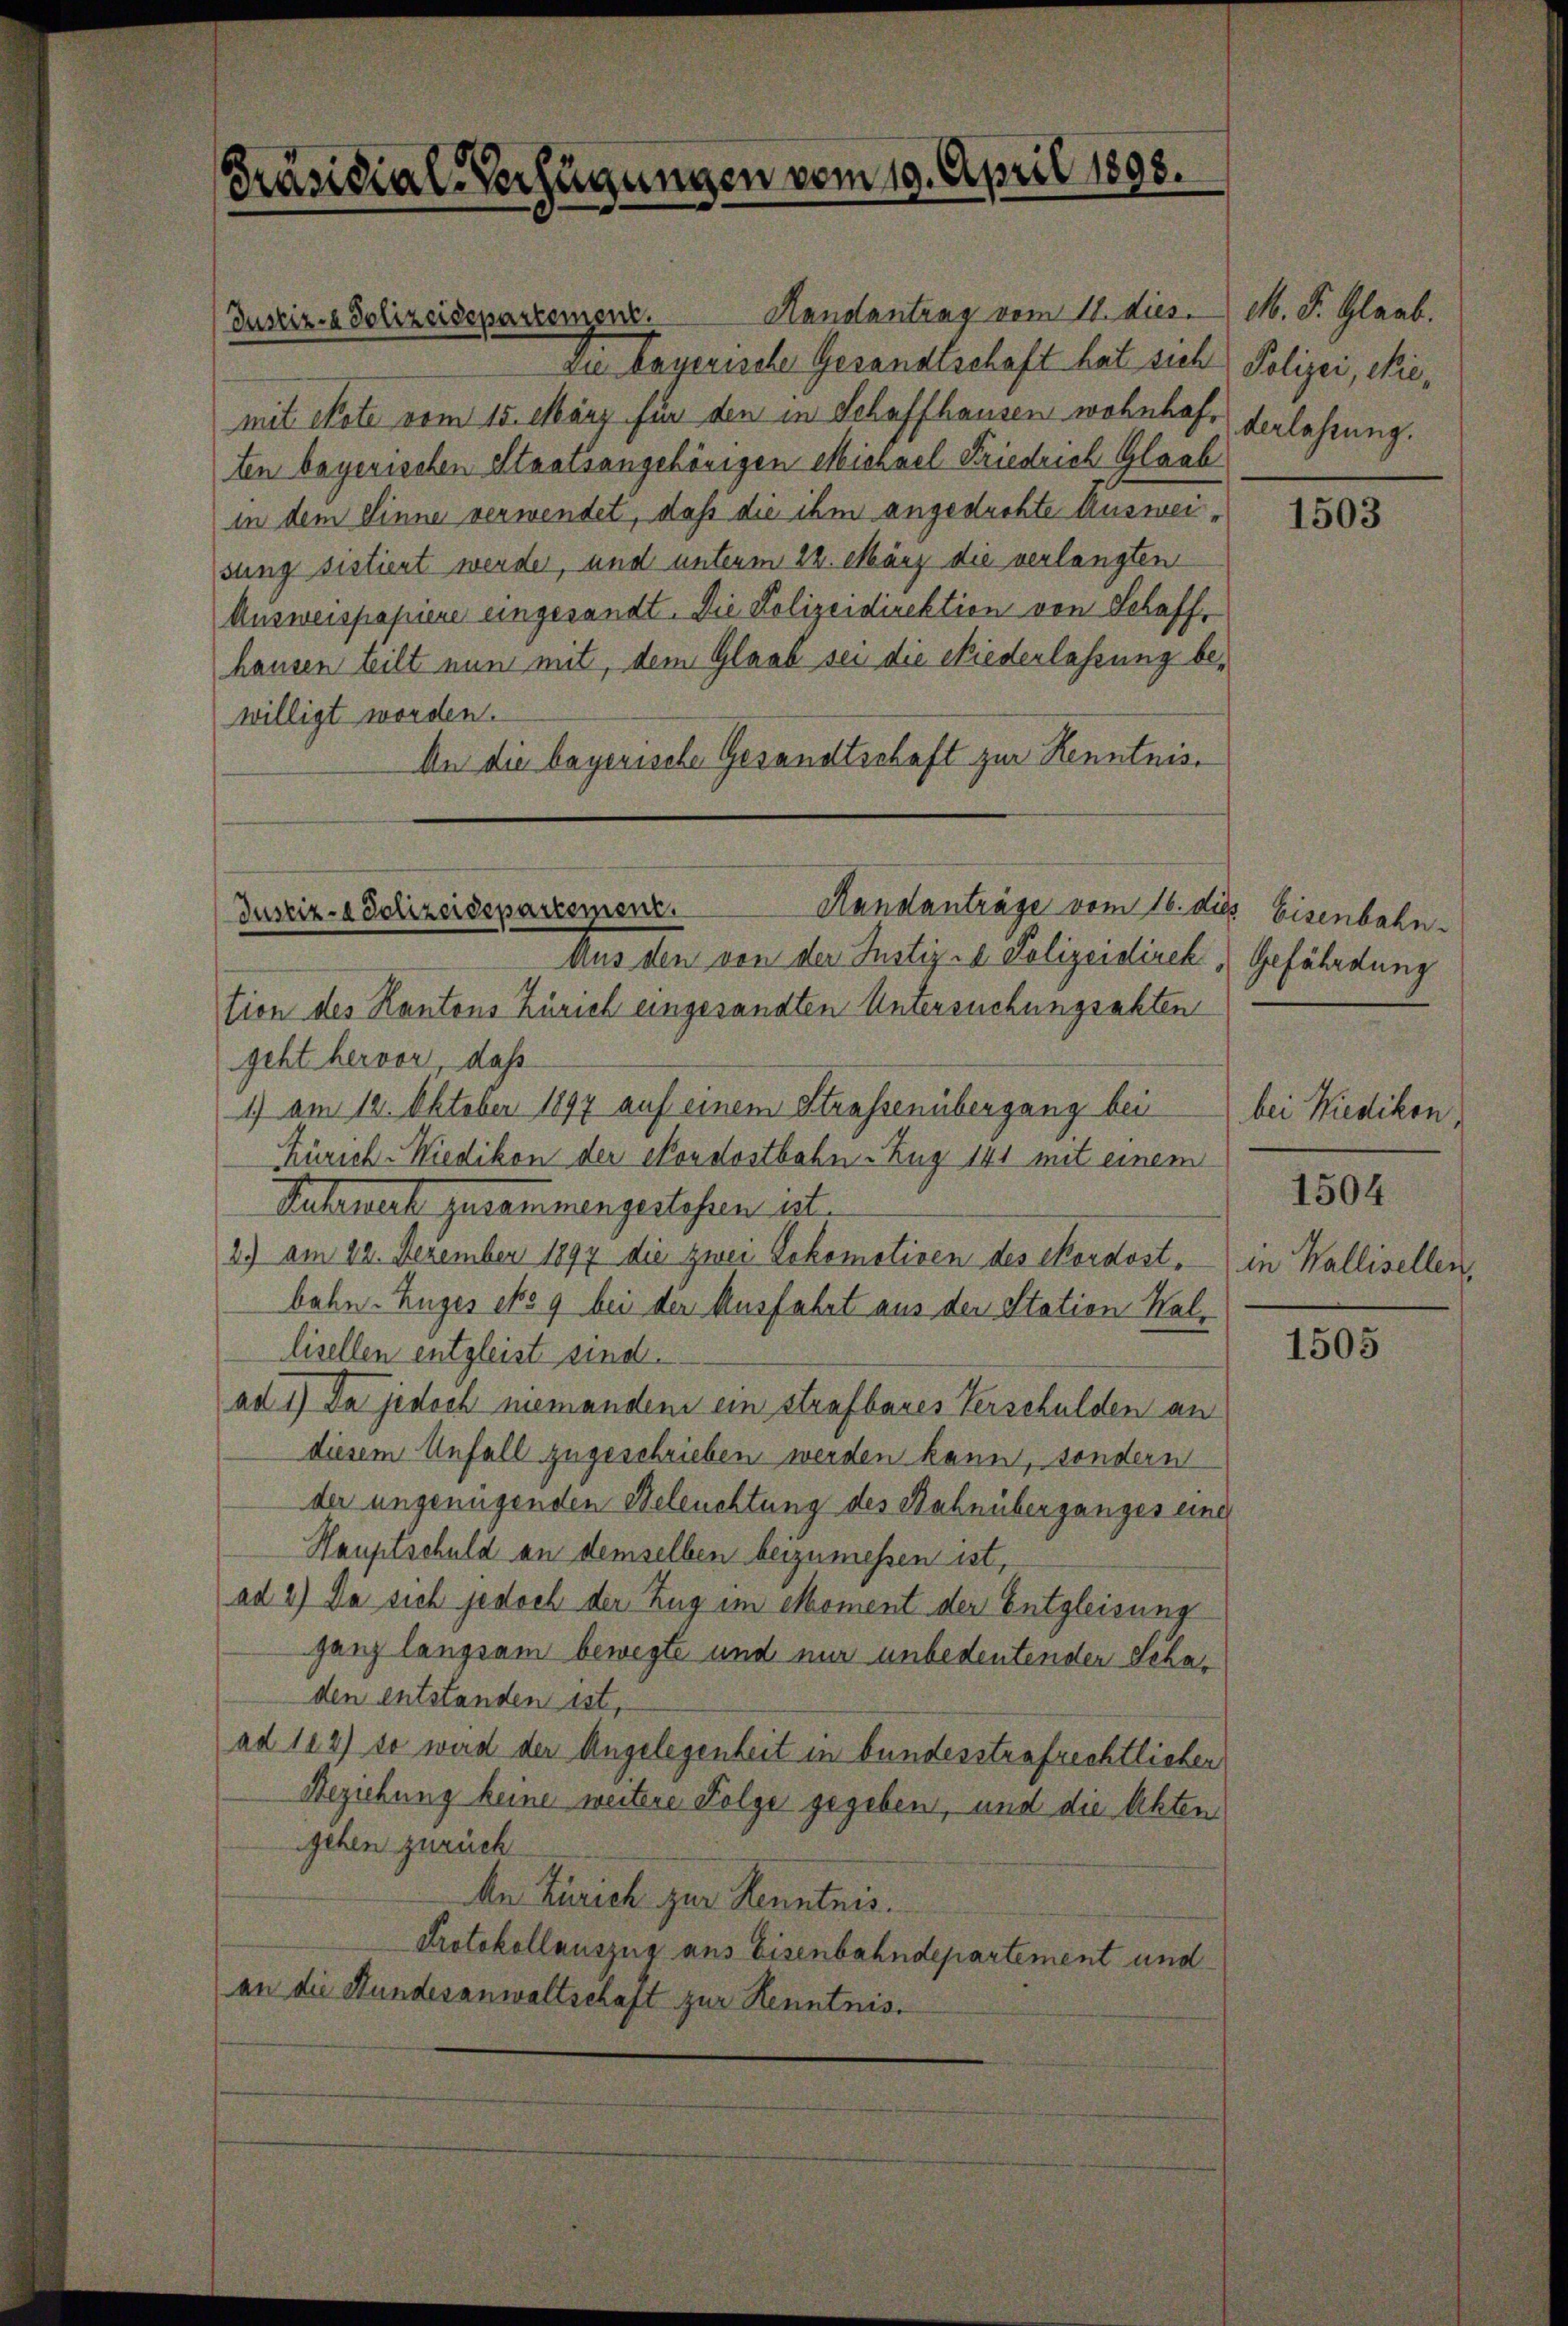
Präsidial-Verfügungen vom 19. April 1898.

zie begerische Gesandtschaft hat sich Polizei, Niemit exote vom 15. März für den in Schaffhausen wohnhaften begerischen Staatsangehörigen Michael Friedrich Glaab
in dem Sinne verwendet, daß die ihm angedrohte Ausweisung sistiert werden, und unterm 22. März die verlangten
Ausweispapiere eingesandt. Die Polizeidirektion von Schaff
hausen teilt nun mit, dem Glaub sei die Niederlassung bewilligt worden.
An die bayerische Gesandtschaft zur Kenntnis¬

Justiz- & Polizeidepartement.

Handanträge vom 16. die Eisenbahn-
Justiz- & Polizeidepartement.

Handantrag vom 18. dies.

Aus den von der Justiz- & Polizeidirek, Gefährdung
tion des Kantons Zürich eingesandten Untersuchungsakten
geht hervor, daß
1.) am 12. Oktober 1897 auf einem Strassenübergang bei bei Wiedikon,
Zürich-Wiedikon der Nordostbahn-Zug 141 mit einem
Retenert zusammengestehen ist.
2) am 22. Dezember 1897 die zwei Lokomotiven des Cordost, in Wallisellenbahn. Zuges No 9 bei der Ausfahrt aus der Station Hallisellen entgleist sind.
ad 1) Da jedoch niemanden ein strafbares Verschulden an
diesem Unfall zugeschrieben werden kann, sondern
der ungenügenden Beleuchtung des Bahnüberganges eine
Hauptschuld an demselben beizumessen ist,
ad 2.) Da sich jedoch der Zug im Moment der Entgleisung
ganz langsam bewegte und nur unbedeutenden Schaden entstanden ist,
ad 104) so wird der Angelegenheit in bundesstrafrechtlichen
Beziehung keine weitere Folge gegeben, und die Akten
gehen zurück
An Zürich zur Kenntnis.
Protokollauszug aus Eisenbahndepartement und
an die Stundesanwaltschaft zur Kenntnis.

M. F. Glaub.
derlassung.

1503

1504

1505